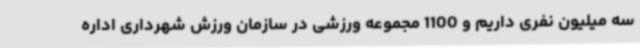
سه میلیون نفری داریم و 1100 مجموعه ورزشی در سازمان ورزش شهرداری اداره